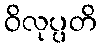
ဝိလုပ္ပတိ